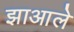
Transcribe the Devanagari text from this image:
झाआले